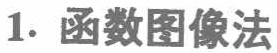
1. 函数图像法